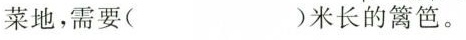
菜地，需要( )米长的篱笆。